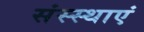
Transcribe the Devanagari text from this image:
संस्स्थाएं